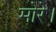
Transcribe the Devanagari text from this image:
मोरे।